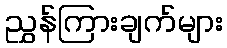
ညွှန်ကြားချက်များ